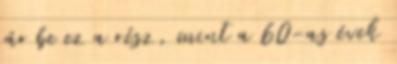
jár be ez a rész, mint a 60-as évek